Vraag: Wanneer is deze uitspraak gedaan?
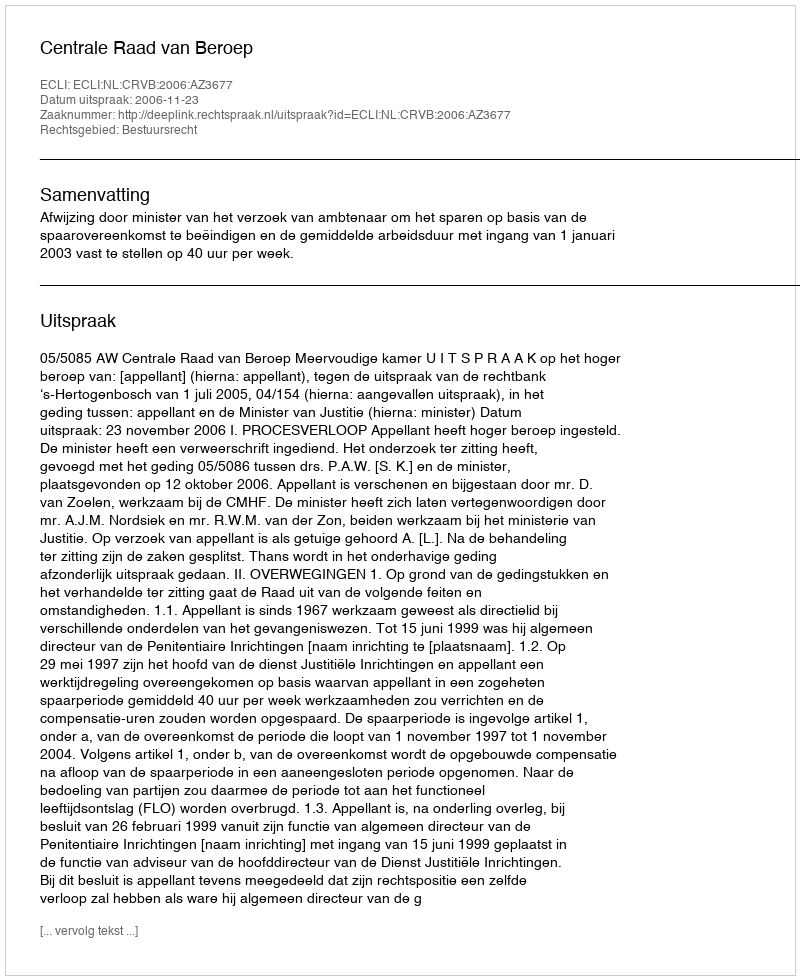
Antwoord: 2006-11-23